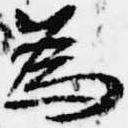
為